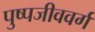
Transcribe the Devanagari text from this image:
पुष्पजीववर्ग